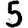
Digit: 5